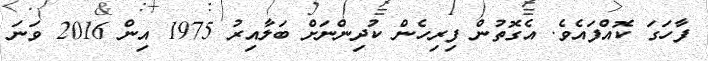
ފާހަގަ ކޮއްފައެވެ. އެގޮތުން ފިރިހެން ކުދިންނަށް ބަލާއިރު 1975 އިން 2016 ވަނަ